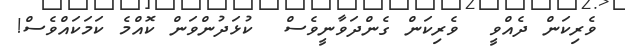
ވެރިކަން ދެއްވީ  ވެރިކަން ގެންދަވާނީވެސް  ކުޅަދުންވަން ކޮއްމެ ކަމަކައްވެސް!